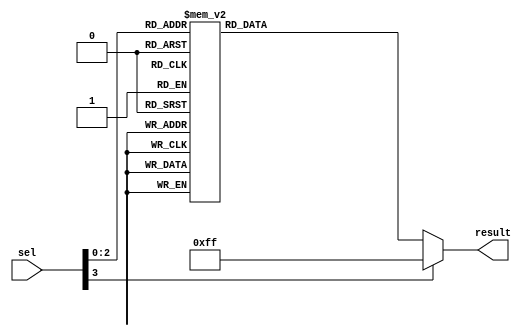
module multiway_conditional (
    input [3:0] sel,
    output reg [7:0] result
);

always @ (*)
begin
    casez(sel)
        4'b0000: result = 8'b00000000;
        4'b0001: result = 8'b00000001;
        4'b0010: result = 8'b00000010;
        4'b0011: result = 8'b00000011;
        4'b0100: result = 8'b00000100;
        4'b0101: result = 8'b00000101;
        4'b0110: result = 8'b00000110;
        4'b0111: result = 8'b00000111;
        default: result = 8'b11111111;
    endcase
end

endmodule